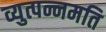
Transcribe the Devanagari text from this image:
व्युत्पन्नमति